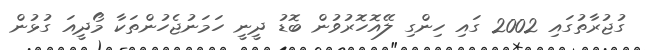
ގުޖުރާތުގައި 2002 ގައި ހިންގި ލޭއޮހޮރުވުން ބޮޑު ދީނީ ހަމަނުޖެހުންތަކާ މޯދީއަ ގުޅުން